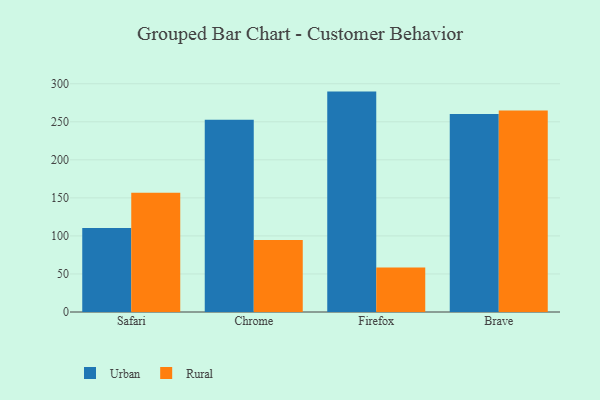
{"axis": {"x": "Browser", "y": "Satisfaction Score"}, "legend": ["Rural", "Urban"], "data": [{"x": "Safari", "y": 110.3, "type": "Urban"}, {"x": "Safari", "y": 156.7, "type": "Rural"}, {"x": "Chrome", "y": 252.7, "type": "Urban"}, {"x": "Chrome", "y": 94.6, "type": "Rural"}, {"x": "Firefox", "y": 289.7, "type": "Urban"}, {"x": "Firefox", "y": 58.5, "type": "Rural"}, {"x": "Brave", "y": 260.2, "type": "Urban"}, {"x": "Brave", "y": 264.8, "type": "Rural"}]}